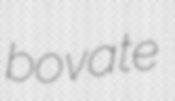
bovate